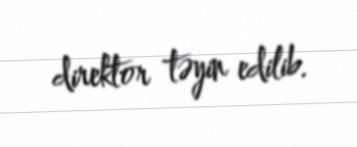
direktor təyin edilib.